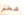
شخص